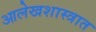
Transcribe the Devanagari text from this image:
आलेखशास्त्रात